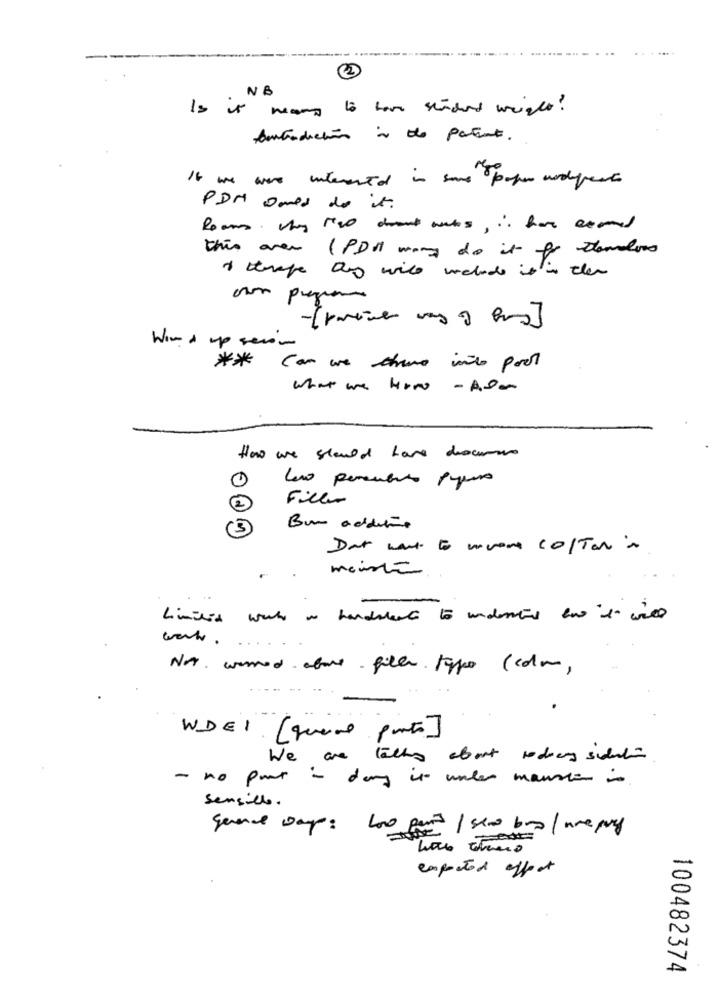
2
NB
Is it means to home standard weight?
Contradiction is the patient.
If we were interested in save paper andpesto
PDN Dares do it.
Rooms, they too drant wales, is hat seomed
this over (PDM many do it fr
I therape are will include it is then
Wind up sesom
** Can we chano into pool
what we how - Adan
How we should have dourar
Leo persubito papers
Filler
Bu addeto
Dat want to votre colTan ins
meinte
Limited week as handalert to understand how "t" will
Not. warned above - file type (con,
WDEI ( queno porto]
We are talks about rodier sidet
- no part - dong it water mansie in
sensible.
gerente Day: 100 parts / slow brn / areply
expected affect
100482374